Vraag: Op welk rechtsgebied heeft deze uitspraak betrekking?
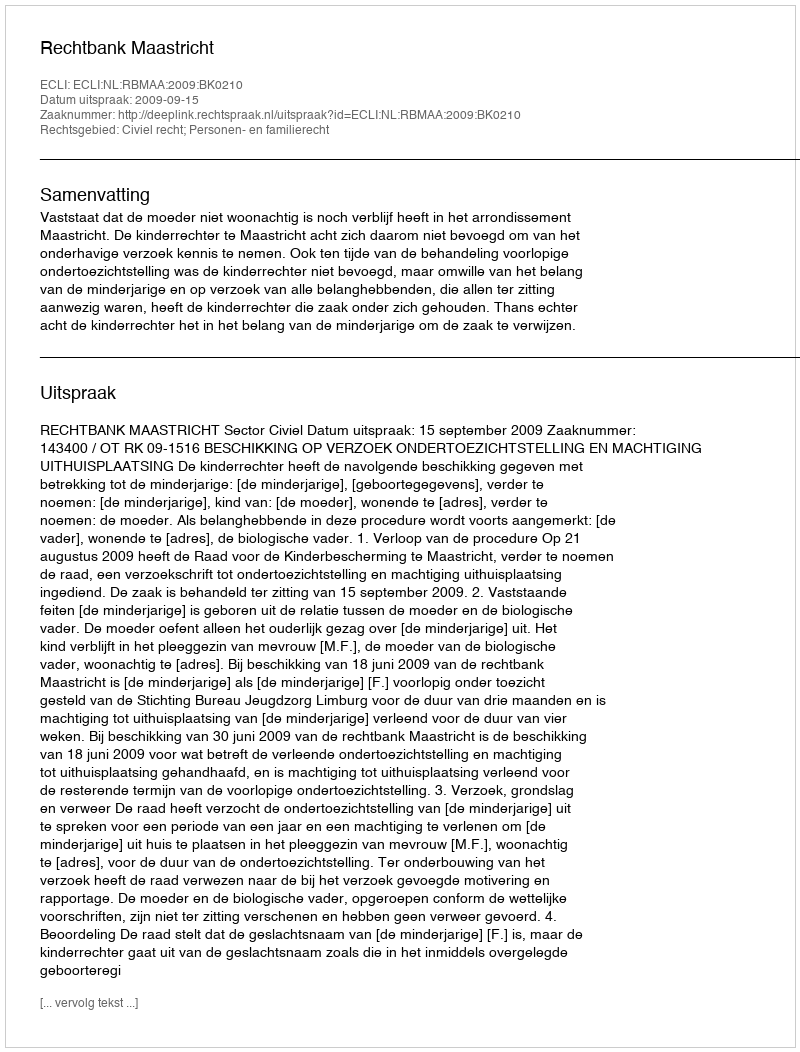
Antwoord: Civiel recht; Personen- en familierecht